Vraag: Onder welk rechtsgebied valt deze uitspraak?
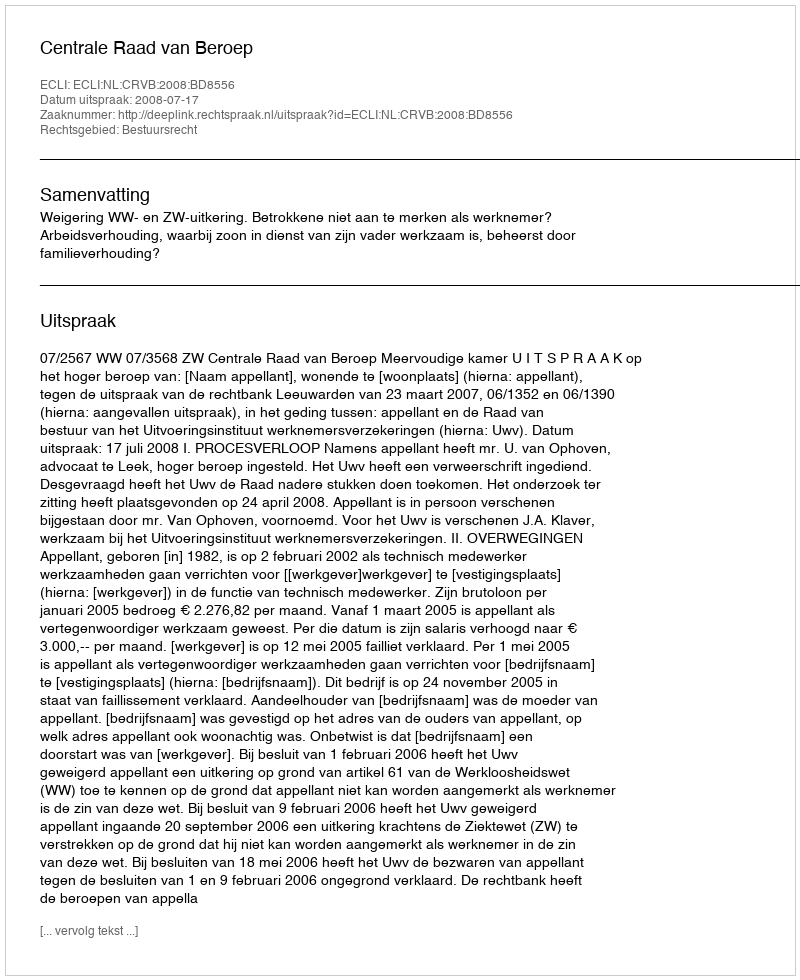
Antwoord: Bestuursrecht